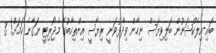
ބައި-އިލެކްޝަނުން ބަލިވިޔަސް ނިހާން ވިދާޅުވަނީ ރިޔާސީ އިންތިހާބުގެ މެޖޯރިޓީ ނަގާނެ ކަމަށް! 3